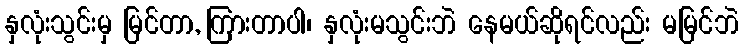
နှလုံးသွင်းမှ မြင်တာ, ကြားတာပါ၊ နှလုံးမသွင်းဘဲ နေမယ်ဆိုရင်လည်း မမြင်ဘဲ